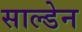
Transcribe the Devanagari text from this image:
साल्डेन